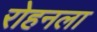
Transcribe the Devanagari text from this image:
रोहनला